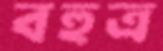
বহুত্র